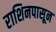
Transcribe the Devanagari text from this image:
राशिनपासून